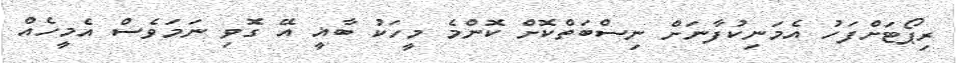
ރިޕޯޓަށްފަހު އެމަނިކުފާނަށް ނިސްބަތްކޮށް ކޮންމެ މީހަކު ބާޣީ އޭ ގޮވި ނަމަވެސް އެމީހެއް